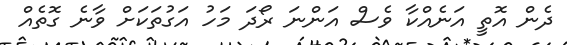
ދެން އޮތީ އަނެއްކާ ވެސް އަންނަ ރޯދަ މަހު އަގުތަކަށް ވާނެ ގޮތެއް